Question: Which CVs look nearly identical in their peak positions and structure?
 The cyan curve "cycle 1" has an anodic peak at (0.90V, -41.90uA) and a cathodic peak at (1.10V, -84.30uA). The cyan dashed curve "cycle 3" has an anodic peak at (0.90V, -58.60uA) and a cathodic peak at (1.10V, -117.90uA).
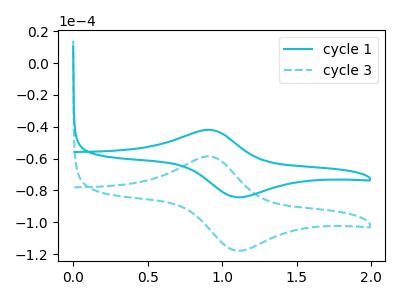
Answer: <think>All the peaks in "cycle 1" have a peak in "cycle 3" at the same potential.
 </think>
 <answer>"cycle 1" and "cycle 3" have the same shape and are likely CV's of the same chemical.</answer>
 <eval>"cycle 1" "cycle 3"</eval>